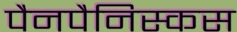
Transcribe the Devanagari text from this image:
पैनपैनिस्कस